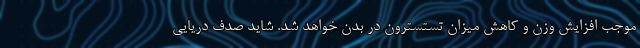
موجب افزایش وزن و کاهش میزان تستسترون در بدن خواهد شد. شاید صدف دریایی